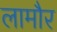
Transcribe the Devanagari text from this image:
लामौर